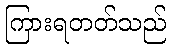
ကြားရတတ်သည်